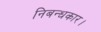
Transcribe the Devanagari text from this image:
निबन्धकार।